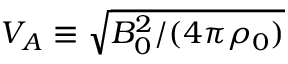
V _ { A } \equiv \sqrt { B _ { 0 } ^ { 2 } / ( 4 \pi \rho _ { 0 } ) }